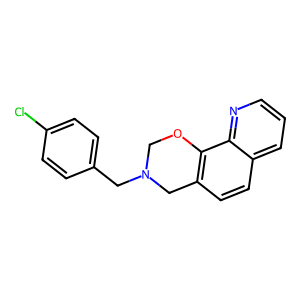
SMILES: Clc1ccc(CN2COc3c(ccc4cccnc34)C2)cc1
Inhibits HIV replication: No